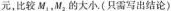
元，比较M_{1|，M_{2|的大小(只需写出结论)